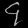
Digit: ၄